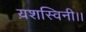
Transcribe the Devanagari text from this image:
य़शस्विनी।।